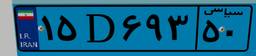
۱۵D۶۹۳۵۰